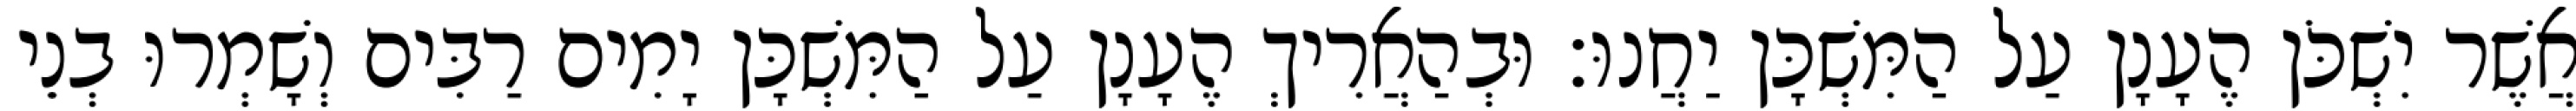
אֲשֶׁר יִשְׁכֹּן הֶעָנָן עַל הַמִּשְׁכָּן יַחֲנוּ׃ וּבְהַאֲרִיךְ הֶעָנָן עַל הַמִּשְׁכָּן יָמִים רַבִּים וְשָׁמְרוּ בְנֵי